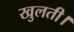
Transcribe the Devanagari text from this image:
खुलती।